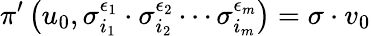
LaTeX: \pi^{\prime}\left(u_{0},\sigma_{i_{1}}^{\epsilon_{1}}\cdot\sigma_{i_{2}}^{\epsilon_{2}}\cdots\sigma_{i_{m}}^{\epsilon_{m}}\right)=\sigma\cdot v_{0}